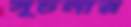
সূচনার